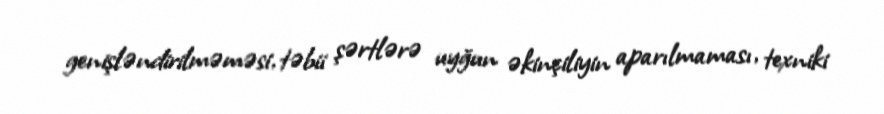
genişləndirilməməsi, təbii şərtlərə uyğun əkinçiliyin aparılmaması, texniki